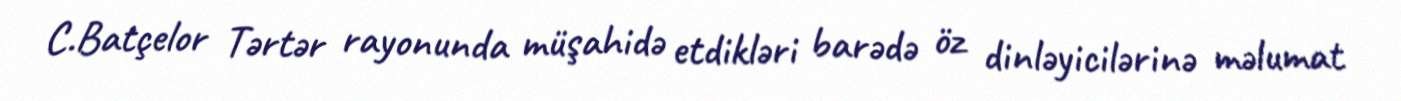
C.Batçelor Tərtər rayonunda müşahidə etdikləri barədə öz dinləyicilərinə məlumat